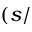
( s /